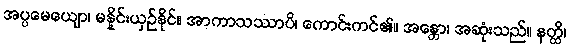
အပ္ပမေယျော၊ မနှိုင်းယှဉ်နိုင်။ အာကာသဿာပိ၊ ကောင်းကင်၏။ အန္တော၊ အဆုံးသည်။ နတ္ထိ၊